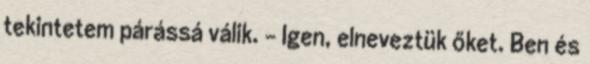
tekintetem párássá válik. - Igen, elneveztük őket. Ben és